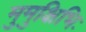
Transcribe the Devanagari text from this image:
मुमुक्षिभिः